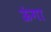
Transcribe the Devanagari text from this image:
ऊंगा